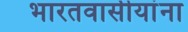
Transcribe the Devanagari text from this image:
भारतवासीयांना